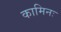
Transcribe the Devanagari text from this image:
कामिनः